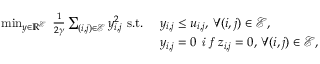
\begin{array} { r l } { \operatorname* { m i n } _ { \boldsymbol { y } \in \mathbb { R } ^ { \mathcal { E } } } \: \frac { 1 } { 2 \gamma } \sum _ { { ( i , j ) } \in \mathcal { E } } { y } _ { i , j } ^ { 2 } \mathrm { ~ s . t . ~ } } & { y _ { i , j } \leq u _ { i , j } , \, \forall ( i , j ) \in \mathcal { E } , } \\ & { y _ { i , j } = 0 \textit { i f } z _ { i , j } = 0 , \, \forall ( i , j ) \in \mathcal { E } , } \end{array}